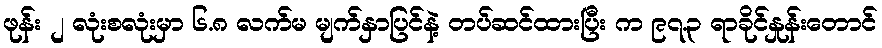
ဖုန်း ၂ လုံးစလုံးမှာ ၆.၈ လက်မ မျက်နှာပြင်နဲ့ တပ်ဆင်ထားပြီး က ၉၇.၃ ရာခိုင်နှုန်းတောင်